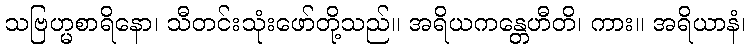
သဗြဟ္မစာရိနော၊ သီတင်းသုံးဖော်တို့သည်။ အရိယကန္တေဟီတိ၊ ကား။ အရိယာနံ၊